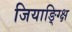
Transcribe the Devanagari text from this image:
जियाङ्ग्क्षि